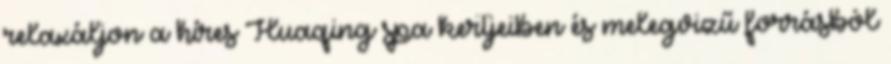
relaxáljon a híres Huaqing spa kertjeiben és melegvizű forrásból